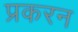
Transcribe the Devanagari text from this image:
प्रकरन